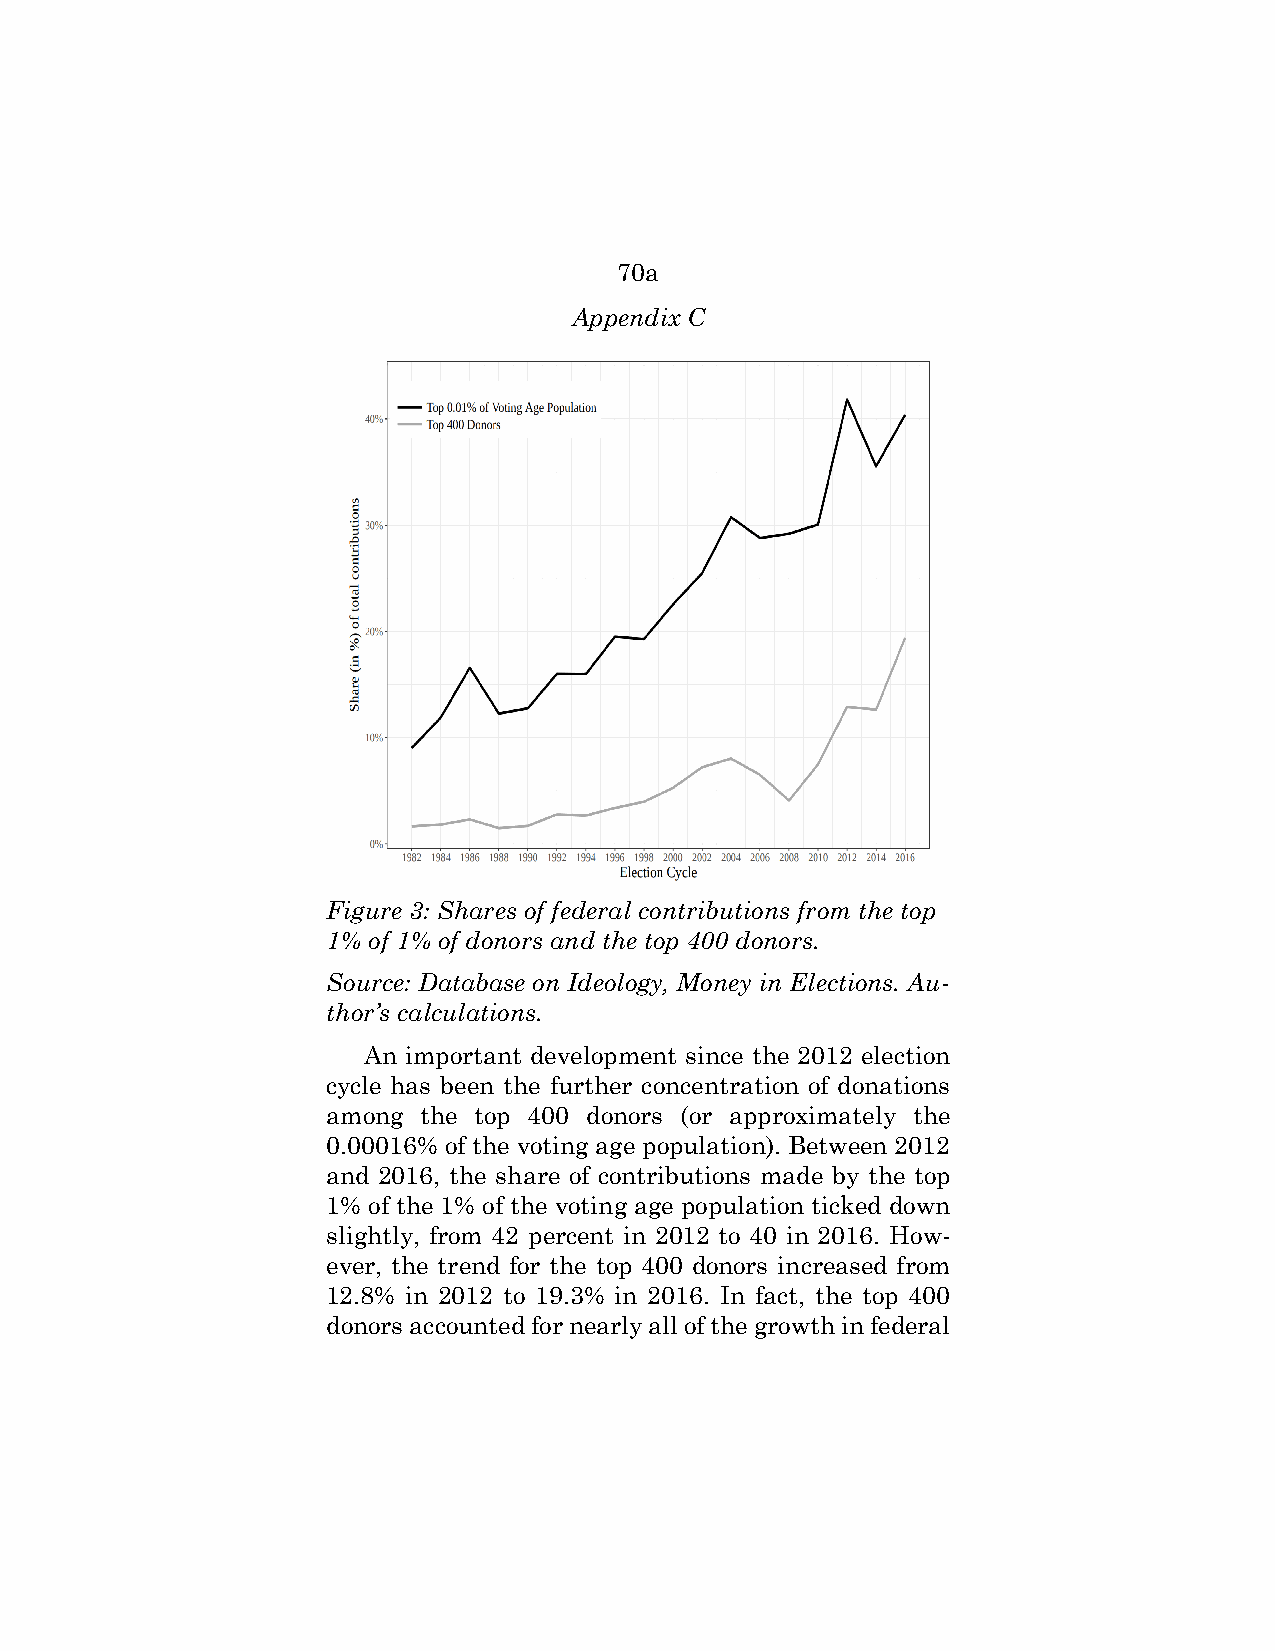
70a
 Appendix C
 Figure 3: Shares of federal contributions from the top
 1% of 1% of donors and the top 400 donors.
 Source: Database on Ideology, Money in Elections. Au-
 thor’s calculations.
 An important development since the 2012 election
 cycle has been the further concentration of donations
 among the top 400 donors (or approximately the
 0.00016% of the voting age population). Between 2012
 and 2016, the share of contributions made by the top
 1% of the 1% of the voting age population ticked down
 slightly, from 42 percent in 2012 to 40 in 2016. How-
 ever, the trend for the top 400 donors increased from
 12.8% in 2012 to 19.3% in 2016. In fact, the top 400
 donors accounted for nearly all of the growth in federal